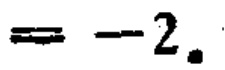
$= - 2.$